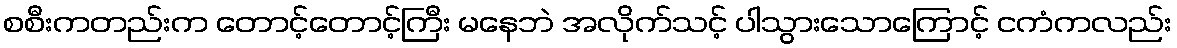
စစီးကတည်းက တောင့်တောင့်ကြီး မနေဘဲ အလိုက်သင့် ပါသွားသောကြောင့် ငကံကလည်း